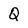
Character: Q